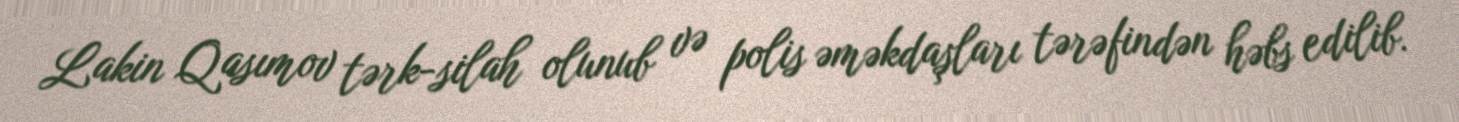
Lakin Qasımov tərk-silah olunub və polis əməkdaşları tərəfindən həbs edilib.